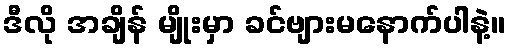
ဒီလို အချိန် မျိုးမှာ ခင်ဗျားမနောက်ပါနဲ့။